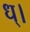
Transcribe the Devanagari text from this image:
ध्।